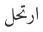
ارتحل